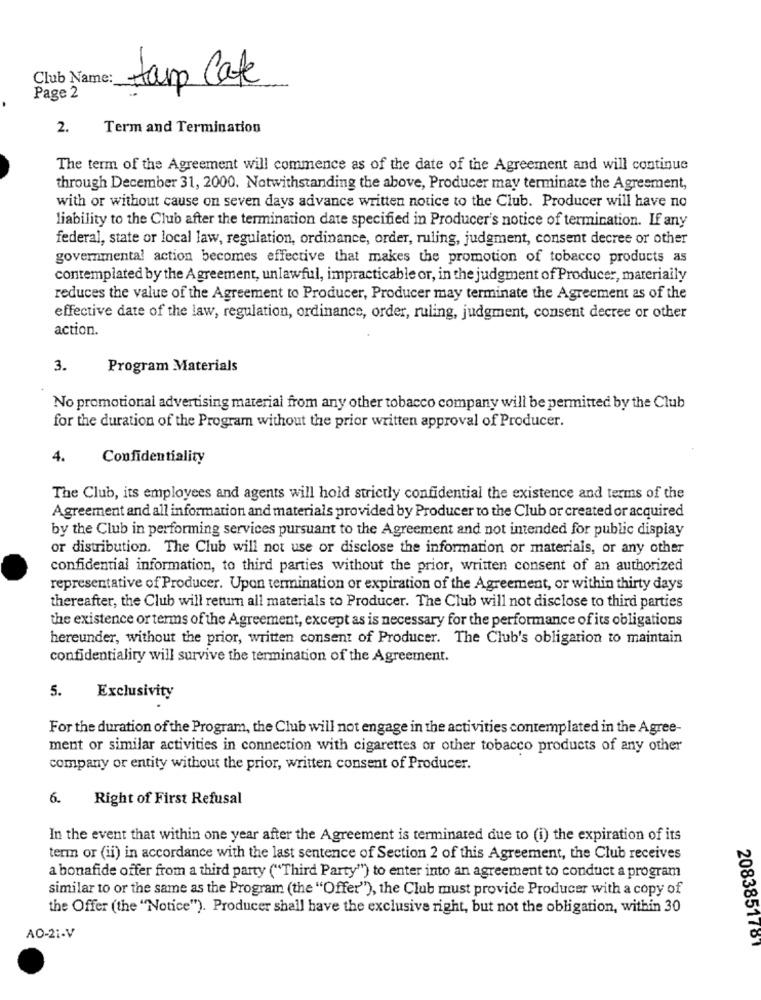
Club Name:
tarp Cafe
Page 2
2.
Term and Termination
The term of the Agreement will commence as of the date of the Agreement and will continue
through December 31, 2000. Notwithstanding the above, Producer may terminate the Agreement,
with or without cause on seven days advance written notice to the Club. Producer will have no
liability to the Club after the termination date specified in Producer's notice of termination. If any
federal, state or local law, regulation, ordinance, order, ruling, judgment, consent decree or other
governmental action becomes effective that makes the promotion of tobacco products as
contemplated by the Agreement, unlawful, impracticable or, in the judgment of Producer, materiaily
reduces the value of the Agreement to Producer, Producer may terminate the Agreement as of the
effective date of the law, regulation, ordinance, order, ruling, judgment, consent decree or other
action.
3.
Program Materials
No promotional advertising material from any other tobacco company will be permitted by the Club
for the duration of the Program without the prior written approval of Producer.
4.
Confidentiality
The Club, its employees and agents will hold strictly confidential the existence and terms of the
Agreement and all information and materials provided by Producer to the Club or created or acquired
by the Club in performing services pursuant to the Agreement and not intended for public display
or distribution. The Club will not use or disclose the information or materials, or any other
confidential information, to third parties without the prior, written consent of an authorized
representative of Producer. Upon termination or expiration of the Agreement, or within thirty days
thereafter, the Club will return all materials to Producer. The Club will not disclose to third parties
the existence or terms of the Agreement, except as is necessary for the performance of its obligations
hereunder, without the prior, written consent of Producer. The Club's obligation to maintain
confidentiality will survive the termination of the Agreement.
5.
Exclusivity
For the duration of the Program, the Club will not engage in the activities contemplated in the Agree-
ment or similar activities in connection with cigarettes or other tobacco products of any other
company or entity without the prior, written consent of Producer.
6.
Right of First Refusal
In the event that within one year after the Agreement is terminated due to (i) the expiration of its
term or (ii) in accordance with the last sentence of Section 2 of this Agreement, the Club receives
a bonafide offer from a third party ("Third Party") to enter into an agreement to conduct a program
similar to or the same as the Program (the "Offer"), the Club must provide Producer with a copy of
the Offer (the "Notice"). Producer shall have the exclusive right, but not the obligation, within 30
AO-21-V
2083851781